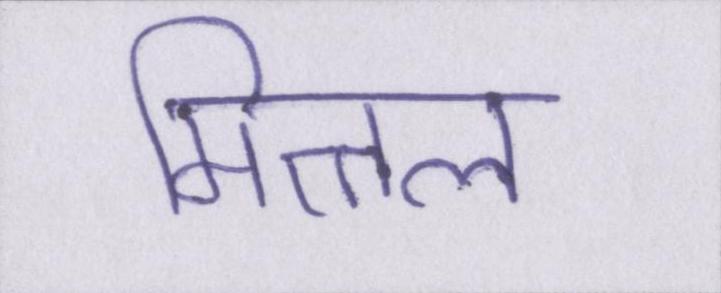
मित्तल